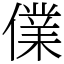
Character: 㒒